Document type: Sale
Year: 1290
Scribe: Miquel Rotllan
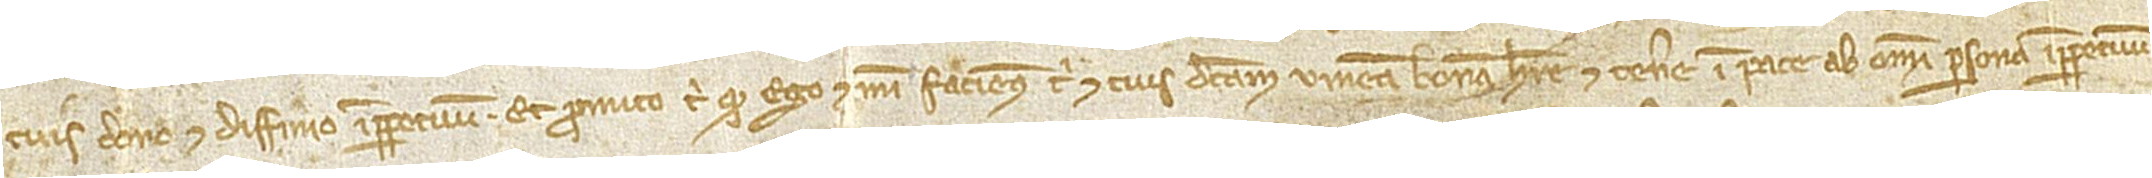
tuis dono et diffinio imperpetuum. Et promito tibi quod ego et mei faciemus tibi et tuis dictam vineam bonam habere et tenere in pace ab omni persona imperpetuum,